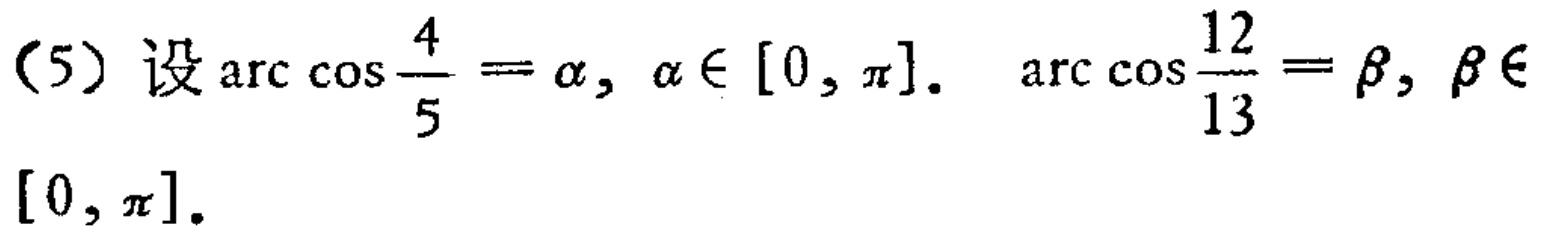
（5）设\(\arccos\frac{4}{5}=\alpha,\alpha\in[0,\pi].\ \arccos\frac{12}{13}=\beta,\beta\in[0,\pi].\)